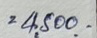
= 4,500